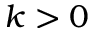
k > 0